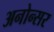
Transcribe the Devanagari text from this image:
अनोन्सर